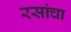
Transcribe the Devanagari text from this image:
रसांचा